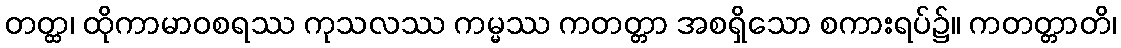
တတ္ထ၊ ထိုကာမာဝစရဿ ကုသလဿ ကမ္မဿ ကတတ္တာ အစရှိသော စကားရပ်၌။ ကတတ္တာတိ၊